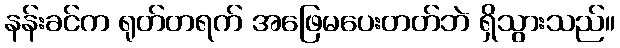
နန်းခင်က ရုတ်တရက် အဖြေမပေးတတ်ဘဲ ရှိသွားသည်။